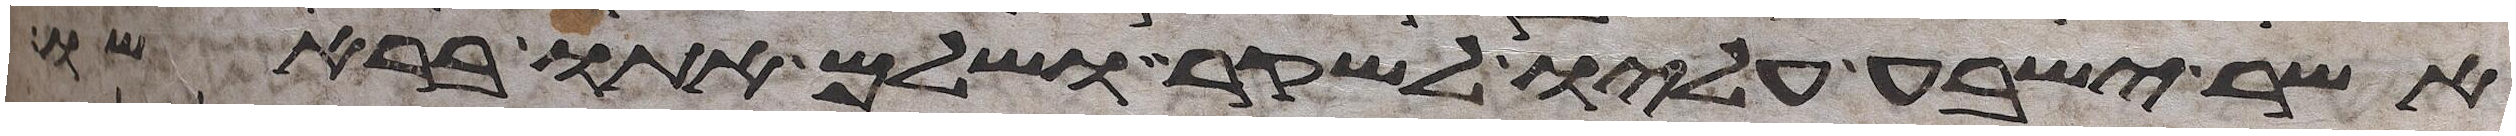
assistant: אשר ישבע עליו לשקר ושלם אתו בראשו